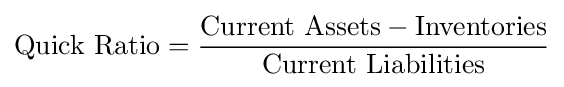
{\mbox{Quick Ratio}}={{{\mbox{Current Assets}}-{\mbox{Inventories}}} \over {\mbox{Current Liabilities}}}